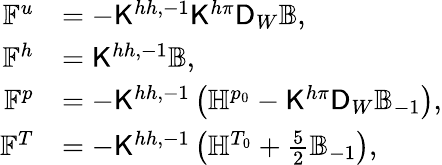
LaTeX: \begin{array}{rl}{\mathbb{F}^{u}}&{=-\mathsf{K}^{hh,-1}\mathsf{K}^{h\pi}\mathsf{D}_{W}\mathbb{B},}\\ {\mathbb{F}^{h}}&{=\mathsf{K}^{hh,-1}\mathbb{B},}\\ {\mathbb{F}^{p}}&{=-\mathsf{K}^{hh,-1}\left(\mathbb{H}^{p_{0}}-\mathsf{K}^{h\pi}\mathsf{D}_{W}\mathbb{B}_{-1}\right),}\\ {\mathbb{F}^{T}}&{=-\mathsf{K}^{hh,-1}\left(\mathbb{H}^{T_{0}}+\frac{5}{2}\mathbb{B}_{-1}\right),}\end{array}